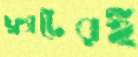
ফ্ল্যাটেরই